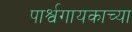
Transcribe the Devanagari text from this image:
पार्श्वगायकाच्या